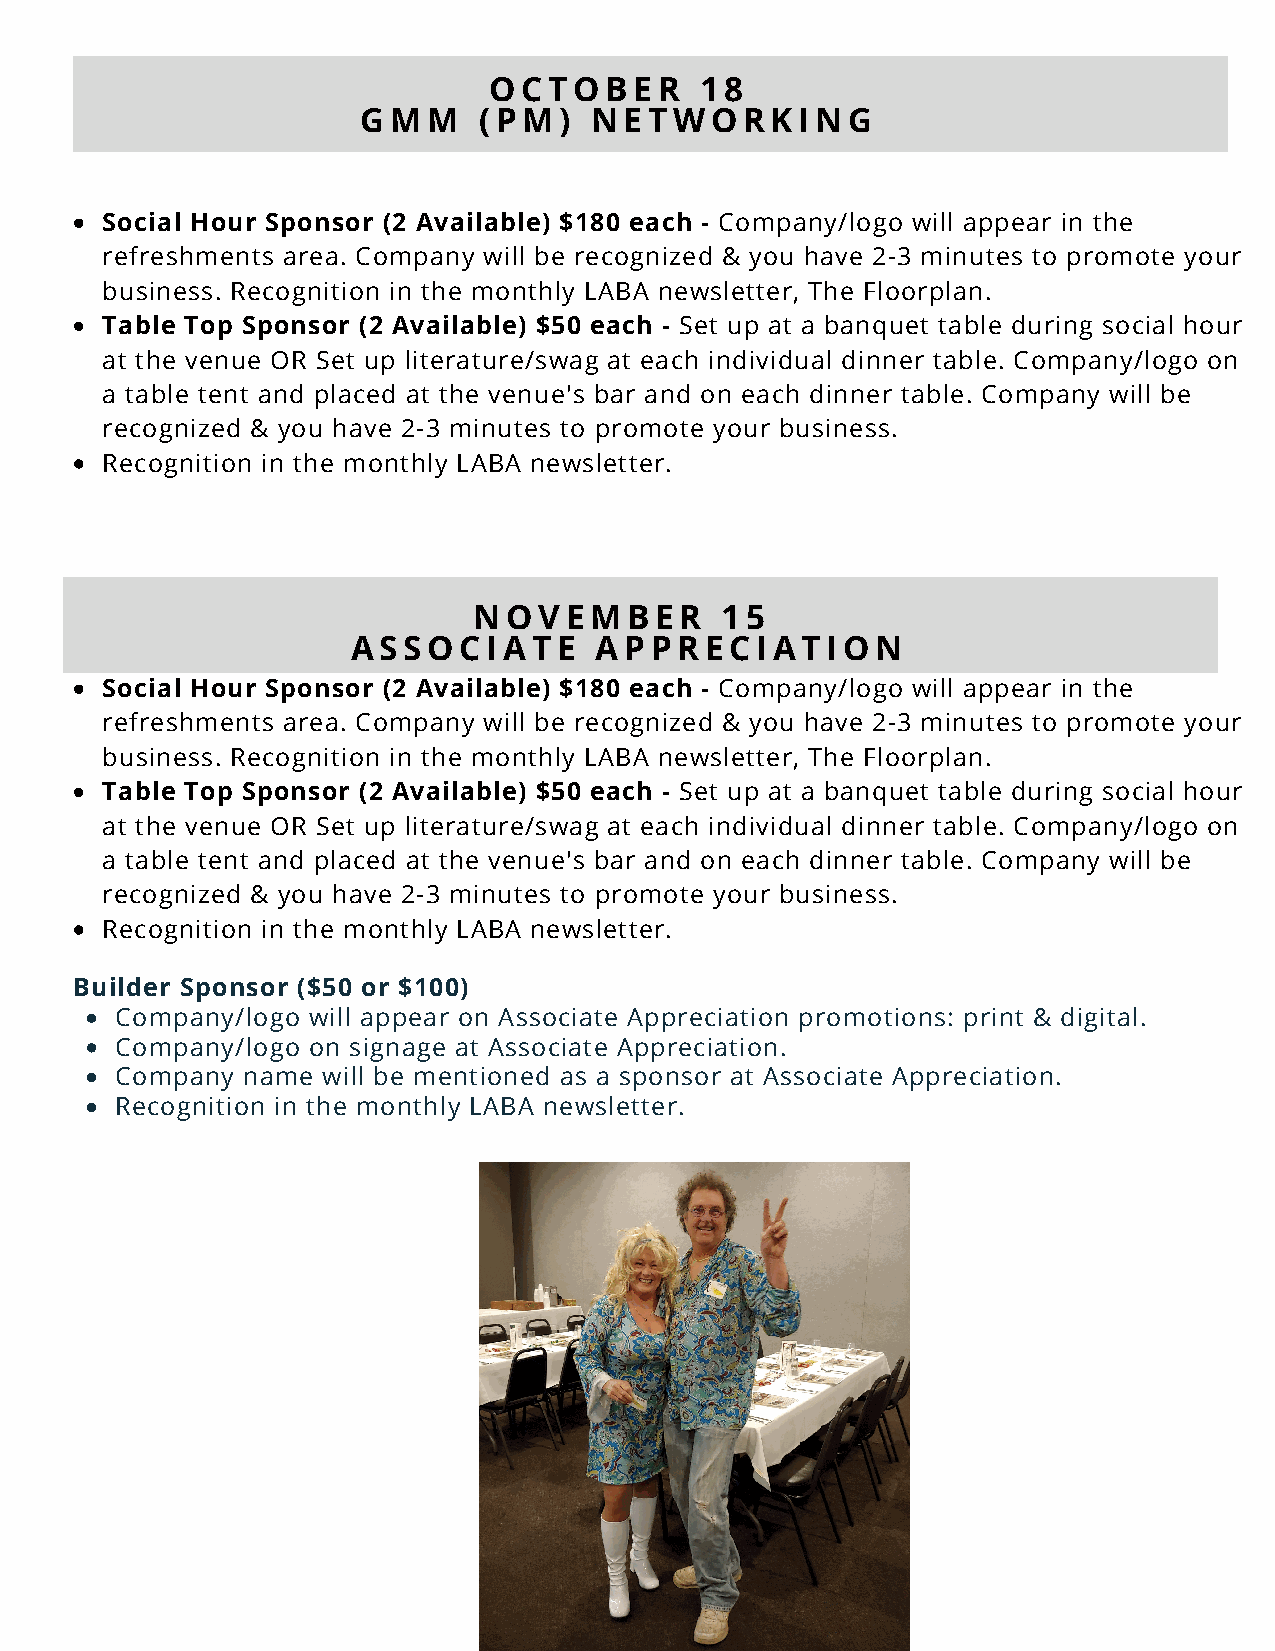
OCTOBER       18
 GMM     (PM)   NETWORKING
 Social Hour Sponsor (2 Available) $180 each - Company/logo will appear in the
 refreshments area. Company will be recognized & you have 2-3 minutes to promote your
 business. Recognition in the monthly LABA newsletter, The Floorplan.
 Table Top Sponsor (2 Available) $50 each - Set up at a banquet table during social hour
 at the venue OR Set up literature/swag at each individual dinner table. Company/logo on
 a table tent and placed at the venue's bar and on each dinner table. Company will be
 recognized & you have 2-3 minutes to promote your business.
 Recognition in the monthly LABA newsletter.
 NOVEMBER         15
 ASSOCIATE       APPRECIATION
 Social Hour Sponsor (2 Available) $180 each - Company/logo will appear in the
 refreshments area. Company will be recognized & you have 2-3 minutes to promote your
 business. Recognition in the monthly LABA newsletter, The Floorplan.
 Table Top Sponsor (2 Available) $50 each - Set up at a banquet table during social hour
 at the venue OR Set up literature/swag at each individual dinner table. Company/logo on
 a table tent and placed at the venue's bar and on each dinner table. Company will be
 recognized & you have 2-3 minutes to promote your business.
 Recognition in the monthly LABA newsletter.
 Builder Sponsor ($50 or $100)
 Company/logo will appear on Associate Appreciation promotions: print & digital.
 Company/logo on signage at Associate Appreciation.
 Company name will be mentioned as a sponsor at Associate Appreciation.
 Recognition in the monthly LABA newsletter.